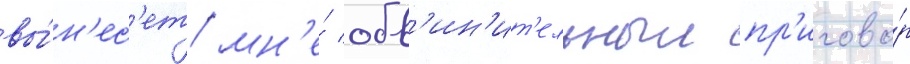
вы́н'ес'ет мн'е́ обв'ин'ит'ельныи пр'игово́р